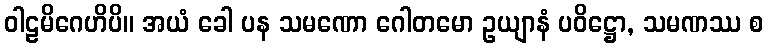
ဝါဠမိဂေဟိပိ။ အယံ ခေါ ပန သမဏော ဂေါတမော ဥယျာနံ ပဝိဋ္ဌော, သမဏဿ စ